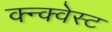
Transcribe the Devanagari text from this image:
क्न्क्वेस्ट